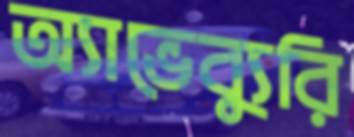
অ্যাভেব্যুরি